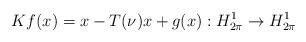
LaTeX: \begin{align*}Kf(x)=x-T(\nu)x+g(x):H_{2\pi}^{1}\rightarrow H_{2\pi}^{1}\end{align*}